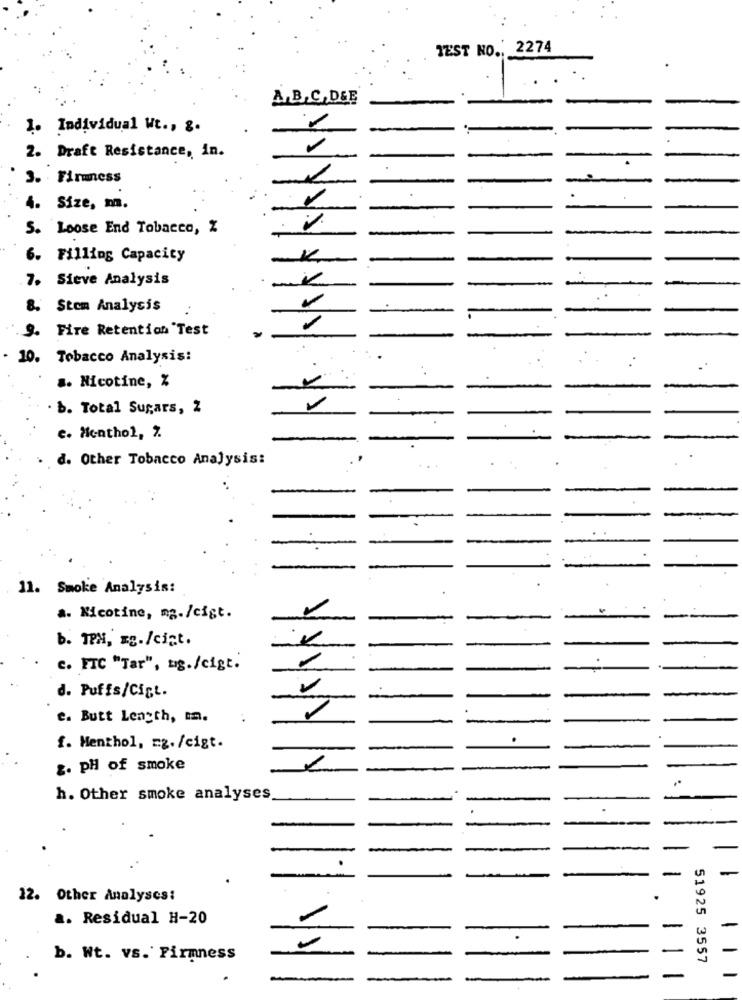
TEST NO ., 2274
A,B,C, D&E
1. Individual ut ., &.
2. Draft Resistance, in.
3. Firmness
4. Size, m.
5. Loose End Tobacco, %
6. Filling Capacity
-K
7. Sieve Analysis
8. Stom Analysis
9. Fire Retention Test
.
10. Tobacco Analysis:
.
.. Nicotine, %
b. Total Sugars, 2
c. Menthol, 2.
d. Other Tobacco Analysis:
11. Smoke Analysis:
a. Nicotine, mg./cist.
-
b. TPH, ES./cist.
c. FIC "Tar", bg./cigt.
d. Puffs/Cigt.
e. Butt Length, .
f. Menthol, mg./cigt.
z. pH of smoke
h. Other smoke analyses
12. Other Analyses:
a. Residual H-20
-
1
b. Wt. vs. Firmness
51925 3557
1